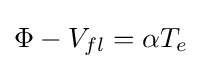
\Phi -V_{fl}=\alpha T_{e}